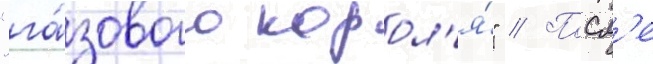
"га́зового корол'я́" // Посл'е